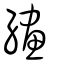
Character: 繣